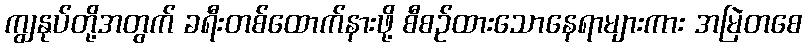
ကျွနုပ်တို့အတွက် ခရီးတစ်ထောက်နားဖို့ စီစဉ်ထားသောနေရာများကား အမြဲတစေ